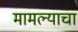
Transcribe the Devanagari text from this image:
मामल्याचा